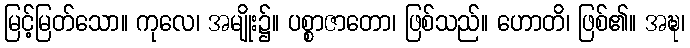
မြင့်မြတ်သော။ ကုလေ၊ အမျိုး၌။ ပစ္စာဇာတော၊ ဖြစ်သည်။ ဟောတိ၊ ဖြစ်၏။ အဍ္ဎ၊